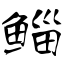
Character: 鲻